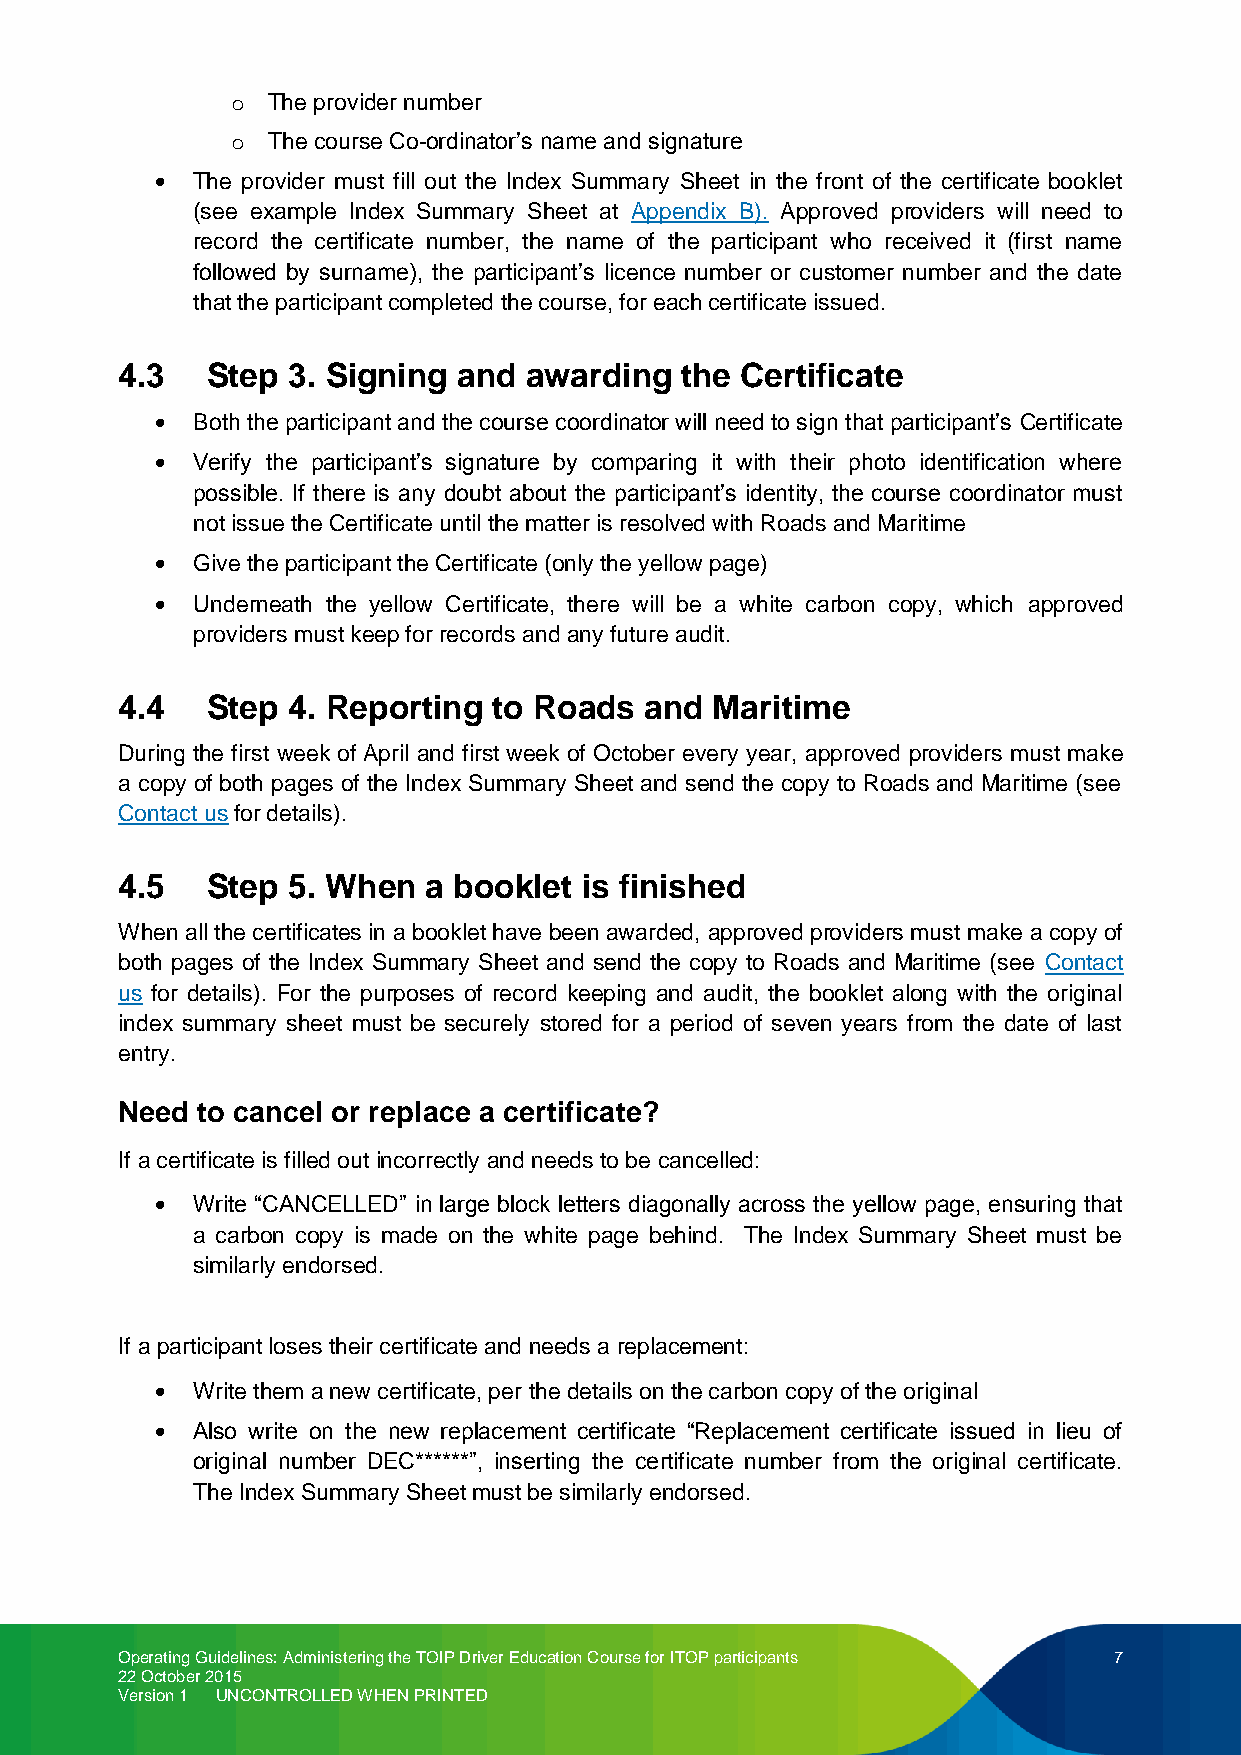
o  The provider number
 o  The course Co-ordinator’s name and signature
 The provider must fill out the Index Summary Sheet in the front of the certificate booklet
 (see example Index Summary Sheet at Appendix B). Approved providers will need to
 record the certificate number, the name of the participant who received it (first name
 followed by surname), the participant’s licence number or customer number and the date
 that the participant completed the course, for each certificate issued.
 4.3   Step 3. Signing and  awarding  the Certificate
 Both the participant and the course coordinator will need to sign that participant’s Certificate
 Verify the participant’s signature by comparing it with their photo identification where
 possible. If there is any doubt about the participant’s identity, the course coordinator must
 not issue the Certificate until the matter is resolved with Roads and Maritime
 Give the participant the Certificate (only the yellow page)
 Underneath the yellow Certificate, there will be a white carbon copy, which approved
 providers must keep for records and any future audit.
 4.4   Step 4. Reporting  to Roads  and Maritime
 During the first week of April and first week of October every year, approved providers must make
 a copy of both pages of the Index Summary Sheet and send the copy to Roads and Maritime (see
 Contact us for details).
 4.5   Step 5. When  a booklet is finished
 When all the certificates in a booklet have been awarded, approved providers must make a copy of
 both pages of the Index Summary Sheet and send the copy to Roads and Maritime (see Contact
 us for details). For the purposes of record keeping and audit, the booklet along with the original
 index summary sheet must be securely stored for a period of seven years from the date of last
 entry.
 Need to cancel or replace a certificate?
 If a certificate is filled out incorrectly and needs to be cancelled:
 Write “CANCELLED” in large block letters diagonally across the yellow page, ensuring that
 a carbon copy is made on the white page behind. The Index Summary Sheet must be
 similarly endorsed.
 If a participant loses their certificate and needs a replacement:
 Write them a new certificate, per the details on the carbon copy of the original
 Also write on the new replacement certificate “Replacement certificate issued in lieu of
 original number DEC******”, inserting the certificate number from the original certificate.
 The Index Summary Sheet must be similarly endorsed.
 Operating Guidelines: Administering the TOIP Driver Education Course for ITOP participants 7
 22 October 2015
 Version 1 UNCONTROLLED WHEN PRINTED